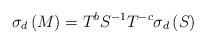
LaTeX: \begin{align*}\sigma _{d}\left( M\right) =T^{b}S^{-1}T^{-c}\sigma _{d}\left( S\right)\end{align*}